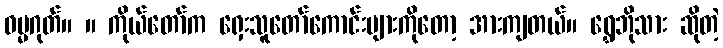
ဓမ္မဂုတ်။ ။ ကိုယ်တော်က ရှေးသူတော်ကောင်းများကိုတော့ အားကျတယ်။ ရွှေဘိုသား ဆိုတဲ့